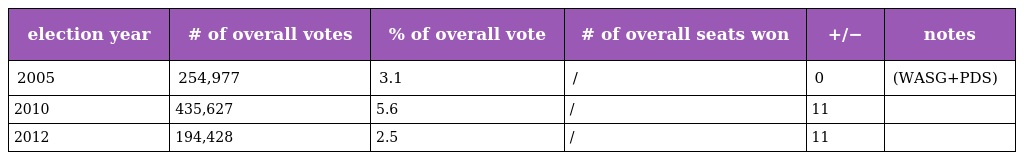
| election year | # of overall votes | % of overall vote | # of overall seats won | +/− | notes |
 | --- | --- | --- | --- | --- | --- |
 | 2005 | 254,977 | 3.1 | / | 0 | (WASG+PDS) |
 | 2010 | 435,627 | 5.6 | / | 11 |  |
 | 2012 | 194,428 | 2.5 | / | 11 |  |